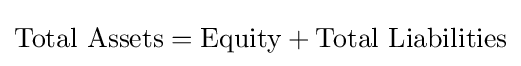
{\text{Total Assets}}={\text{Equity}}+{\text{Total Liabilities}}